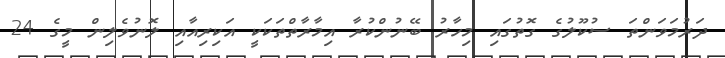
ދަރުމަވަންތަ ސުކޫލުގެ ގޮތުގައި މިހާރު ބޭނުންކުރާ އިމާރާތްތަކަކީ އަކިރިއާއި ލޮނުވެލިން މީގެ 24